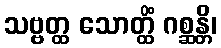
သဗ္ဗတ္ထ သောတ္ထိံ ဂစ္ဆန္တိ၊